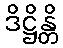
ဒိဋ္ဌိန္တိ